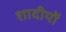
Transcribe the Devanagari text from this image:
शादीयों